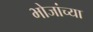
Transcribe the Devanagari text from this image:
भोजांच्या